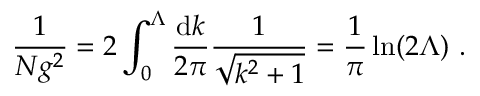
\frac { 1 } { N g ^ { 2 } } = 2 \int _ { 0 } ^ { \Lambda } \frac { \mathrm { d } k } { 2 \pi } \frac { 1 } { \sqrt { k ^ { 2 } + 1 } } = \frac { 1 } { \pi } \ln ( 2 \Lambda ) \ .